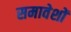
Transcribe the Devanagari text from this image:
समावेशों